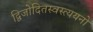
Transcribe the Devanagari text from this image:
द्विजोदितस्वस्त्ययनो